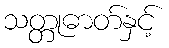
သတ္တုဓာတ်နှင့်